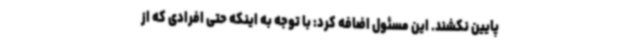
پایین نکشند. این مسئول اضافه کرد: با توجه به اینکه حتی افرادی که از